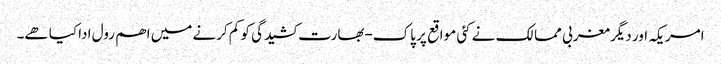
امریکہ اور دیگر مغربی ممالک نے کئی مواقع پر پاک-بھارت کشیدگی کو کم کرنے میں اھم رول ادا کیا ھے۔